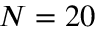
N = 2 0